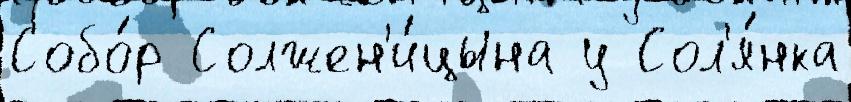
Собо́р Солжен'и́цына у Сол'я́нка